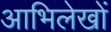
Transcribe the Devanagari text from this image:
आभिलेखों